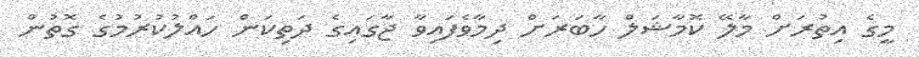
މީގެ އިތުރަށް މާލޭ ކޮމާޝަލް ހާބަރަށް ދިމާވެފައިވާ ޖާގައިގެ ދަތިކަން ހައްލުކުރުމުގެ ގޮތުން